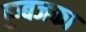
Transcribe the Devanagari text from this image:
कुबजका